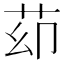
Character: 𦭙